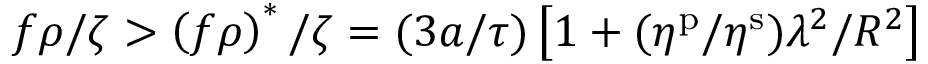
f \rho / \zeta > \left( f \rho \right) ^ { \ast } / \zeta = ( 3 a / \tau ) \left[ 1 + ( \eta ^ { \mathrm { p } } / \eta ^ { \mathrm { s } } ) \lambda ^ { 2 } / R ^ { 2 } \right]